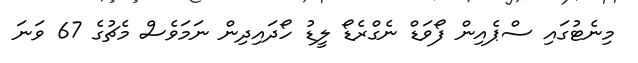
މިނެޓުގައި ސްޕެއިން ފޯވަޑް ނެގްރެޑޯ ލީޑު ހޯދައިދިން ނަމަވެސް މެޗުގެ 67 ވަނަ